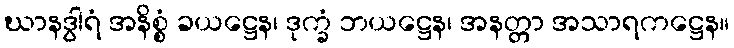
ဃာနဒွါရံ အနိစ္စံ ခယဋ္ဌေန၊ ဒုက္ခံ ဘယဋ္ဌေန၊ အနတ္တာ အသာရကဋ္ဌေန။